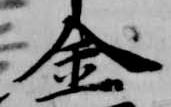
金